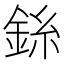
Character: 銯